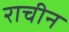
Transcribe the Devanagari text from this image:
राचीन